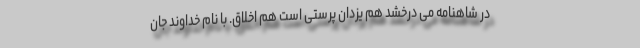
در شاهنامه می درخشد هم یزدان پرستی است هم اخلاق. با نام خداوند جان